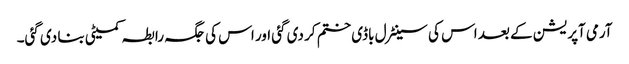
آرمی آپریشن کے بعد اس کی سینٹرل باڈی ختم کر دی گئی اور اس کی جگہ رابطہ کمیٹی بنا دی گئی۔